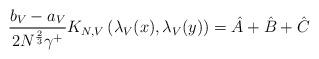
LaTeX: \begin{align*}\frac{b_V - a_V}{2N^{\frac{2}{3}}\gamma^+ } K_{N,V} \left( \lambda_V (x) , \lambda_V(y) \right) = \hat{A} + \hat{B} + \hat{C}\end{align*}